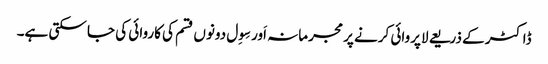
ڈاکٹر کے ذریعے لاپروائی کرنے پر مجرمانہ اَور سِوِل دونوں قسم کی کاروائی کی جا سکتی ہے۔